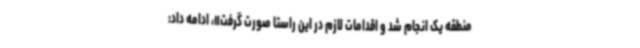
منطقه یک انجام شد و اقدامات لازم در این راستا صورت گرفت»، ادامه داد: